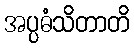
အပ္ပဓံသိတာတိ